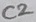
Text: C2